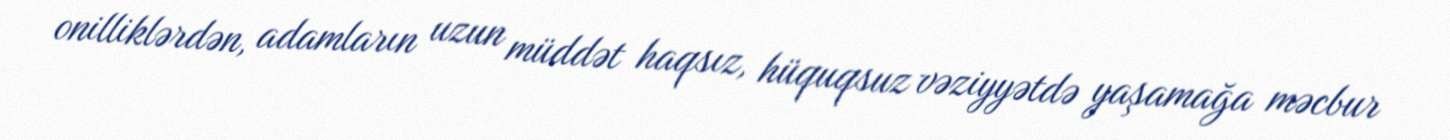
onilliklərdən, adamların uzun müddət haqsız, hüquqsuz vəziyyətdə yaşamağa məcbur